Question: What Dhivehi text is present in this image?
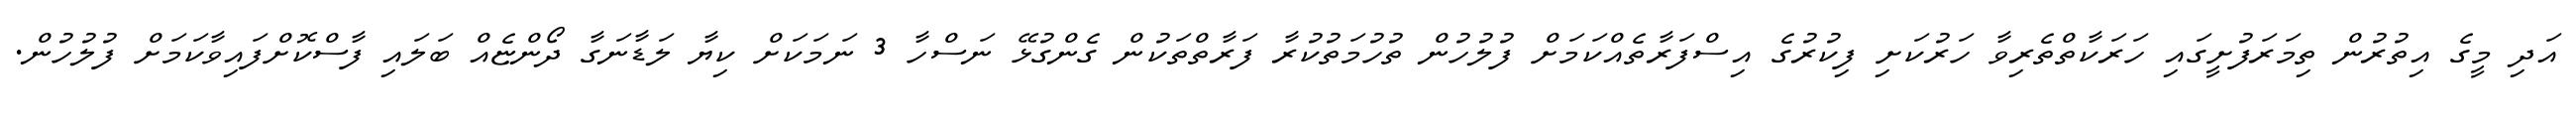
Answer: އަދި މީގެ އިތުރުން ތިމަރަފުށީގައި ހަރަކާތްތެރިވާ ހަރުކަށި ފިކުރުގެ އިސްފަރާތެއްކަމަށް ފުލުހުން ތުހުމަތުކުރާ ފަރާތްތަކުން ގެންގުޅޭ ނަސްހާ 3 ނަމަކަށް ކިޔާ ލަޑާނަގާ ދޯންޏެއް ބަލައި ފާސްކޮށްފައިވާކަމަށް ފުލުހުން.